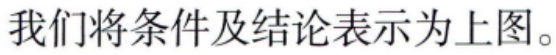
我们将条件及结论表示为上图。